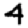
Digit: 4